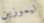
ليموزين